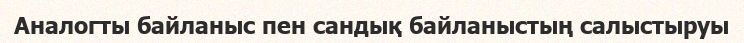
Аналогты байланыс пен сандық байланыстың салыстыруы